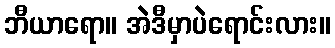
ဘီယာရော။ အဲဒီမှာပဲရောင်းလား။